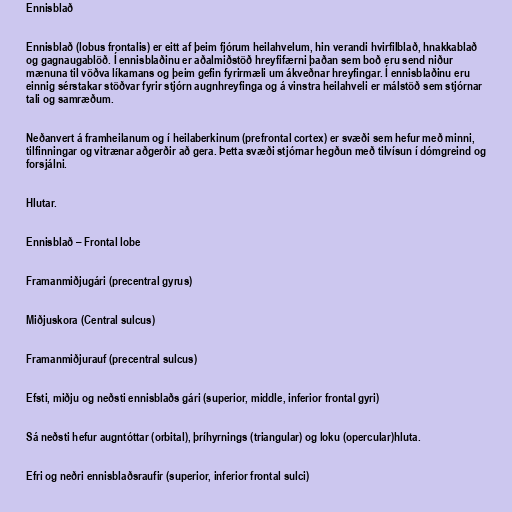
Ennisblað

Ennisblað (lobus frontalis) er eitt af þeim fjórum heilahvelum, hin verandi hvirfilblað, hnakkablað
og gagnaugablöð. Í ennisblaðinu er aðalmiðstöð hreyfifærni þaðan sem boð eru send niður
mænuna til vöðva líkamans og þeim gefin fyrirmæli um ákveðnar hreyfingar. Í ennisblaðinu eru
einnig sérstakar stöðvar fyrir stjórn augnhreyfinga og á vinstra heilahveli er málstöð sem stjórnar
tali og samræðum.

Neðanvert á framheilanum og í heilaberkinum (prefrontal cortex) er svæði sem hefur með minni,
tilfinningar og vitrænar aðgerðir að gera. Þetta svæði stjórnar hegðun með tilvísun í dómgreind og
forsjálni.

Hlutar.

Ennisblað – Frontal lobe

Framanmiðjugári (precentral gyrus)

Miðjuskora (Central sulcus)

Framanmiðjurauf (precentral sulcus)

Efsti, miðju og neðsti ennisblaðs gári (superior, middle, inferior frontal gyri)

Sá neðsti hefur augntóttar (orbital), þríhyrnings (triangular) og loku (opercular)hluta.

Efri og neðri ennisblaðsraufir (superior, inferior frontal sulci)